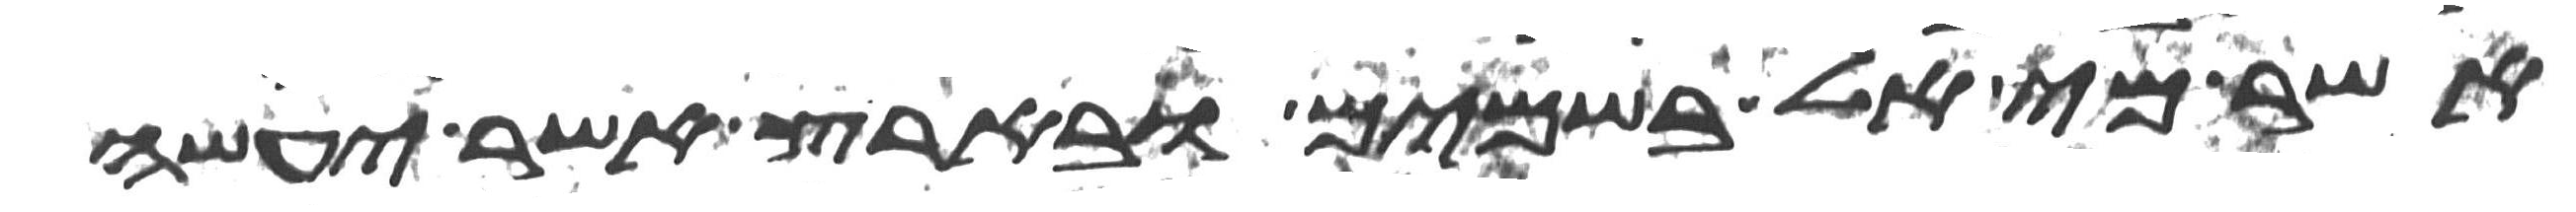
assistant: אשר מי אל בשמים ובארץ אשר יעשה